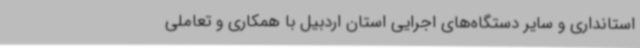
استانداری و سایر دستگاه‌های اجرایی استان اردبیل با همکاری و تعاملی